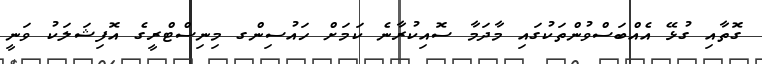
ގޮތާއި ގުޅޭ އެއްބަސްވުންތަކުގައި މާދަމާ ސޮއިކުރާނެ ކަމަށް ހައުސިންގ މިނިސްޓްރީގެ އޮފިޝަލަކު ވަނީ